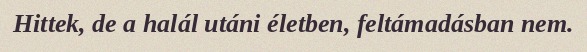
Hittek, de a halál utáni életben, feltámadásban nem.